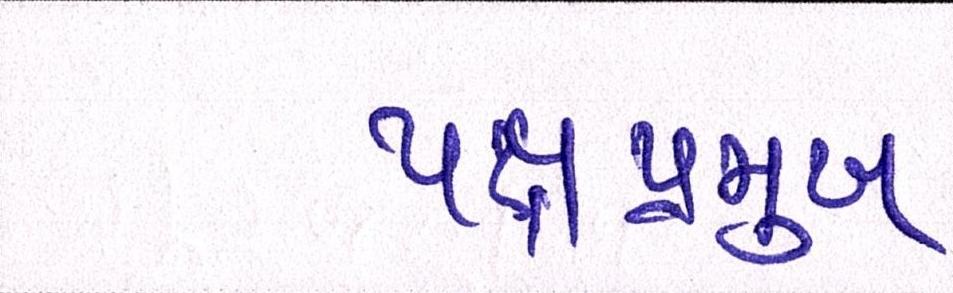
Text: પક્ષપ્રમુખ